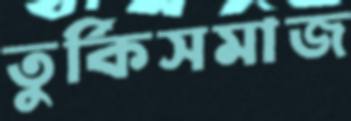
তুর্কিসমাজ